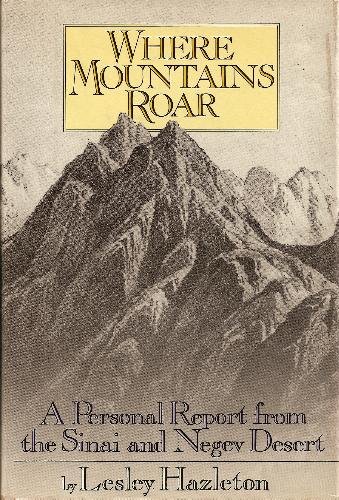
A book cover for Where mountains roar: A personal report from the Sinai and Negev Deserts; Lesley Hazleton; Travel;